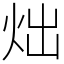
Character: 炪